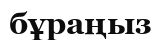
бұраңыз